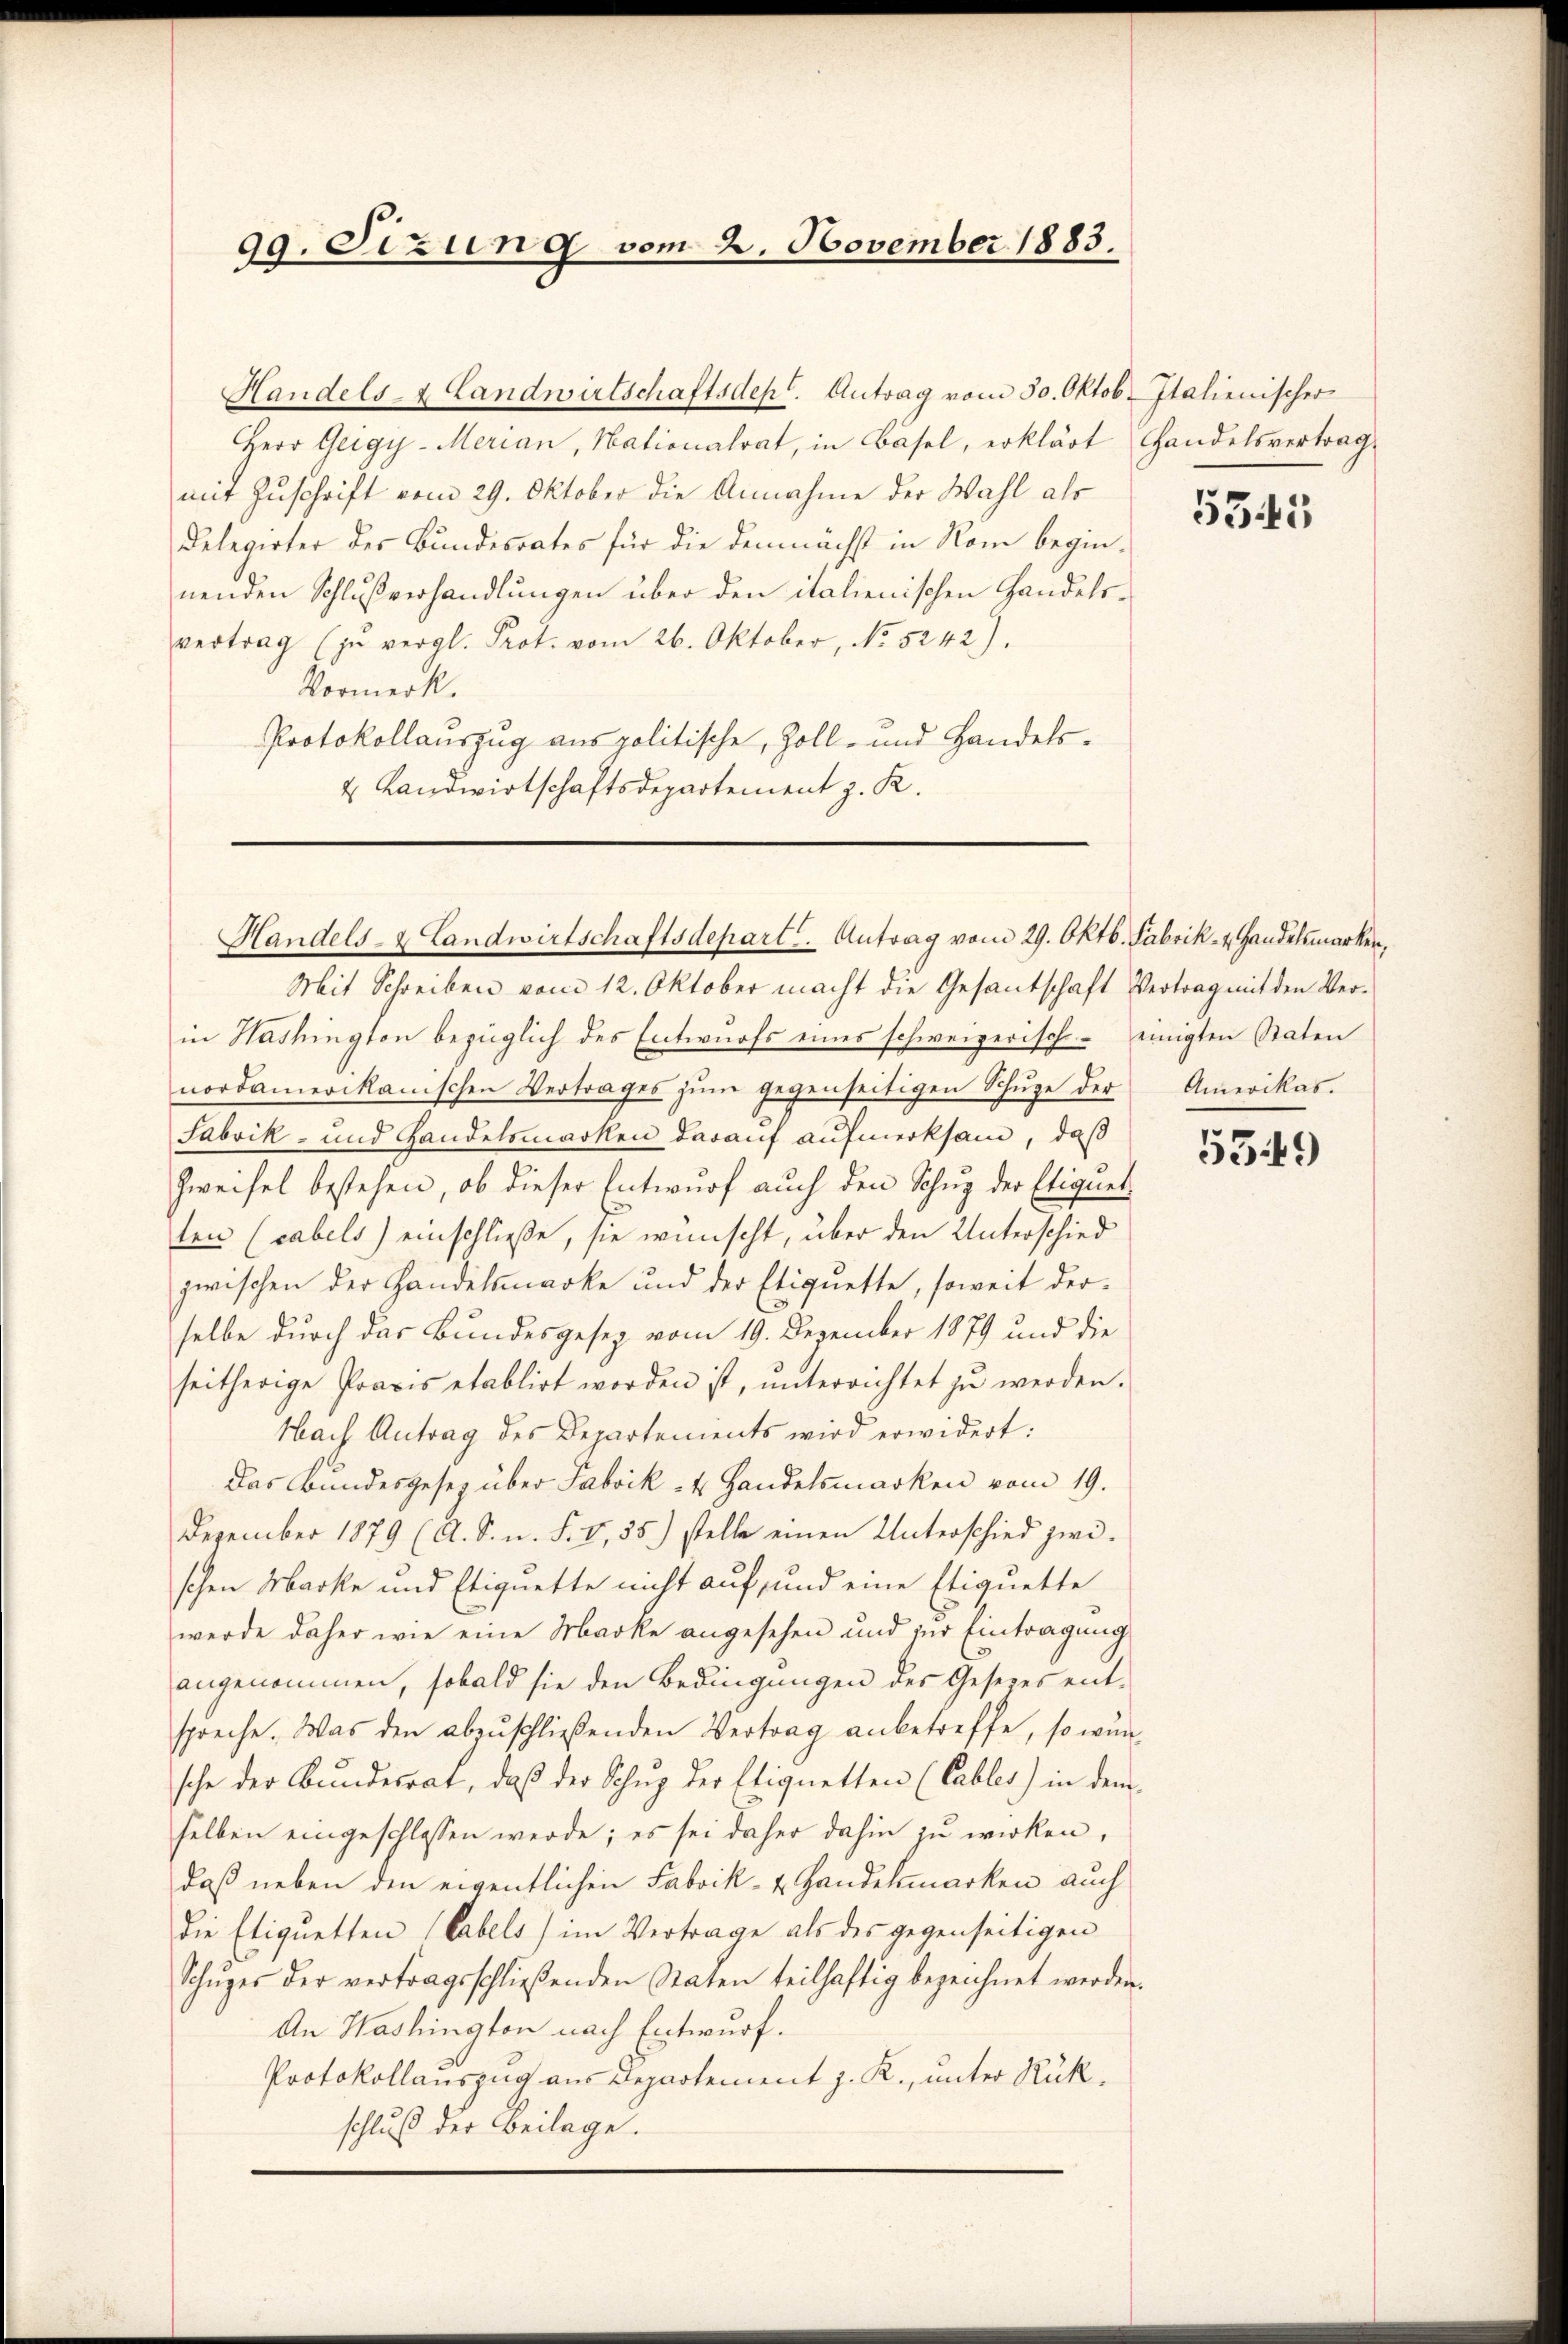
99. Sizung vom 2. November 1883.

Herr Geigy-Merian, Nationalrat, in Basel, erklärt Handelsvertrag,
mit Zuschrift vom 29. Oktober die Annahme der Wahl als
Relegirter des Bundesrates für die demnächst in Rom beginnenden Schlußverhandlungen über den italienischen Handelsvertrag (zŭ vergl. Prot. vom 26. Oktober, No 5242).
Vormerk.
Protokollauszug aus politische, Zoll- und Handels¬
4 Landwirtschaftsdepartement z. K.

Handels- & Landwirtschaftsdep. Antrag vom 30. Oktob. Italienischer

Handels- & Landwirtschaftsdepart. Antrag vom 29. Oktb. Fabrik- u. Handelsmarken,

Mit Schreiben vom 12. Oktober macht die Gesantschaft Vertrag mit den Verin Washington bezüglich des Entwurfs eines schweizerische einigten Staten
nordamerikanischen Vertrages zum gegenseitigen Schuze der
Sabrik- und Handelsmarken darauf aufmerksam, daß
Zweifel bestehen, ob dieser Entwurf auch den Schug der Eliquet-
ten (cabels) einschließe, sie wünscht, über den Unterschied
zwischen der Handelsmarke und der Etiquette, soweit der-
selbe durch das Bundesgesez vom 19. Dezember 1879 und die
seitherige Praxis etablirt worden ist, ŭnterrichtet zŭ werden.
Nach Antrag des Departements wird erwidert:
Das Bundesgesetz über Fabrik- u. Handelsmarken vom 19.
Dezember 1879 (A. S. n. F. V, 35) stelle einen Unterschied zwischen Marke und Etiquette nicht auf, und eine Etiquette
werde daher wie eine Marke angesehen und zur Eintragung
angenommen, sobald sie den Bedingungen des Gesetzes ent-
spreche. Was den abzŭschließenden Vertrag anbetreffe, so wünsche der Bundesrat, daß der Schug der Elignetten (Cabler) in dem
selben eingeschlossen werde; es sei daher dahin zu wirken,
daß neben den eigentlichen Fabrik- & Handelsmarken auch
Die Eliquetten (Cabels) im Vertrage als des gegenseitigen
Schŭger der vertragsschlieβenden Staten teilhaftig bezeichnet werden.
An Washington nach Entwurf.
Protokollauszug aus Departement z. R., unter Rückschluß der Beilage.

5341

Amerikas.

559